画像に写った文字を読んでください
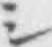
「シ」と書いてあります